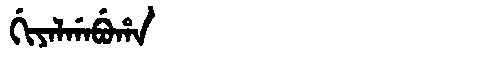
Manchu: ᡤᡳᠶᠠᠯᡤᠠᠪᡠᡥᠠ
Romanization: GIYALGABUHA